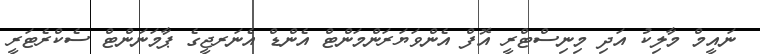
ނައީމް މާލިކު އަދި މިނިސްޓްރީ އޮފް އެންވަޔަރަންމަންޓް އެންޑް އެނަރޖީގެ ޕާމަނަންޓް ސެކްރެޓަރީ